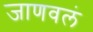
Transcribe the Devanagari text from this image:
जाणवलं